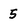
Character: 5